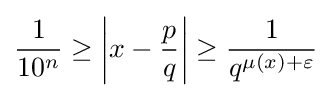
{\frac {1}{10^{n}}}\geq \left|x-{\frac {p}{q}}\right|\geq {\frac {1}{q^{\mu (x)+\varepsilon }}}